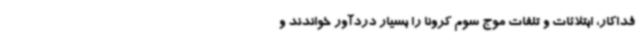
فداکار، ابتلائات و تلفات موج سوم کرونا را بسیار دردآور خواندند و